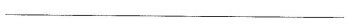
___